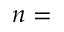
n =